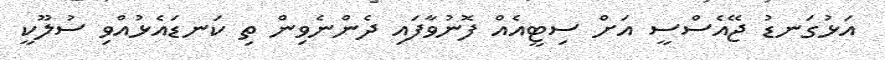
އަޅުގަނޑު ޖޭއެސްސީ އަށް ސިޓީއެއް ފޮނުވާފައި ދެންނެވިން ތި ކަނޑައެޅުއްވި ސުލޫކީ